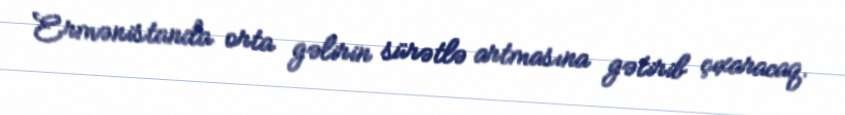
Ermənistanda orta gəlirin sürətlə artmasına gətirib çıxaracaq.